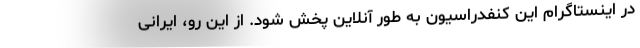
در اینستاگرام این کنفدراسیون به طور آنلاین پخش شود. از این رو، ایرانی